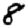
Digit: 8